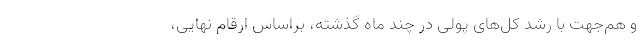
و هم‌جهت با رشد کُل‌های پولی در چند ماه گذشته، براساس ارقام نهایی،